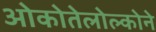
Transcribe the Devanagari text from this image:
ओकोतेलोल्कोने